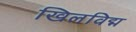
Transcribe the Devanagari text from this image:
खिलविद्म